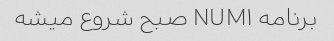
برنامه NUM۱ صبح شروع میشه